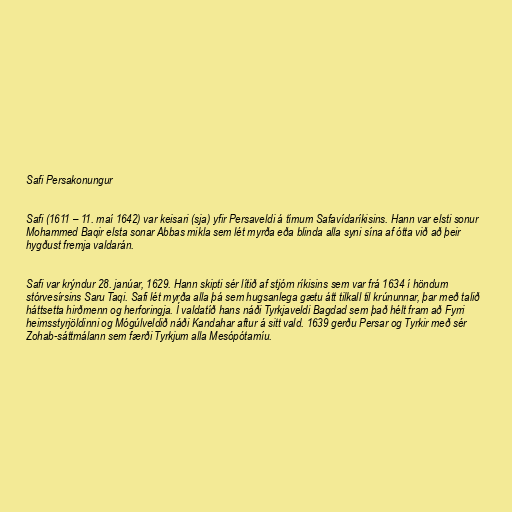
Safi Persakonungur

Safi (1611 – 11. maí 1642) var keisari (sja) yfir Persaveldi á tímum Safavídaríkisins. Hann var elsti sonur
Mohammed Baqir elsta sonar Abbas mikla sem lét myrða eða blinda alla syni sína af ótta við að þeir
hygðust fremja valdarán.

Safi var krýndur 28. janúar, 1629. Hann skipti sér lítið af stjórn ríkisins sem var frá 1634 í höndum
stórvesírsins Saru Taqi. Safi lét myrða alla þá sem hugsanlega gætu átt tilkall til krúnunnar, þar með talið
háttsetta hirðmenn og herforingja. Í valdatíð hans náði Tyrkjaveldi Bagdad sem það hélt fram að Fyrri
heimsstyrjöldinni og Mógúlveldið náði Kandahar aftur á sitt vald. 1639 gerðu Persar og Tyrkir með sér
Zohab-sáttmálann sem færði Tyrkjum alla Mesópótamíu.